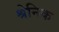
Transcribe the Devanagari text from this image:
श्रेनिक